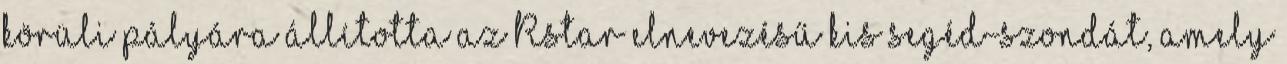
körüli pályára állította az Rstar elnevezésű kis segéd-szondát, amely